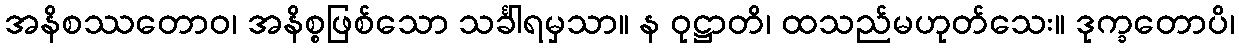
အနိစဿတောဝ၊ အနိစ္စဖြစ်သော သင်္ခါရမှသာ။ န ဝုဋ္ဌာတိ၊ ထသည်မဟုတ်သေး။ ဒုက္ခတောပိ၊